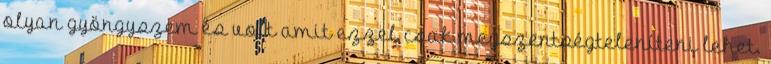
olyan gyöngyszem és volt amit ezzel csak megszentségteleníteni lehet.